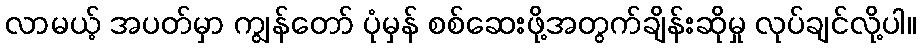
လာမယ့် အပတ်မှာ ကျွန်တော် ပုံမှန် စစ်ဆေးဖို့အတွက်ချိန်းဆိုမှု လုပ်ချင်လို့ပါ။